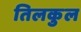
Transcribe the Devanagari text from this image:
तिलकुल